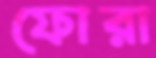
ফোরা